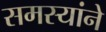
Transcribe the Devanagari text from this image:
समस्यांने